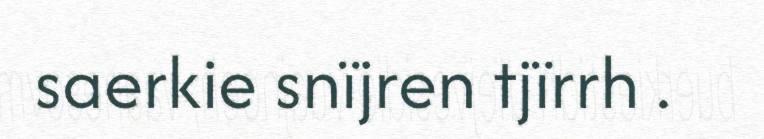
saerkie snïjren tjïrrh .